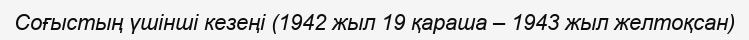
Соғыстың үшінші кезеңі (1942 жыл 19 қараша – 1943 жыл желтоқсан)